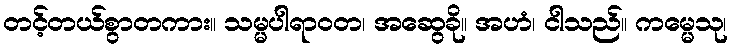
တင့်တယ်စွာတကား။ သမ္မပါရာဝတ၊ အဆွေခို။ အဟံ၊ ငါသည်။ ကမ္မေသု၊